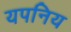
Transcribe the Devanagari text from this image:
यपनिय